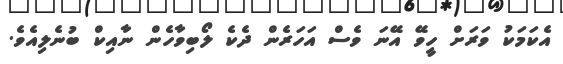
އެކަމަކު ވަރަށް ހީވޭ އޭނަ ވެސް އަހަރެން ދެކެ ލޯބިވާހެން ނާއިކް ބުނެލިއެވެ.